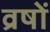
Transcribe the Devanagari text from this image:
व्रषों